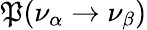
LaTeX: \mathfrak{P}(\nu_{\alpha}\rightarrow\nu_{\beta})